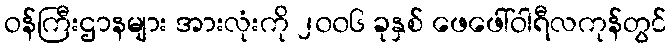
ဝန်ကြီးဌာနများ အားလုံးကို ၂၀၀၆ ခုနှစ် ဖေဖေါ်ဝါရီလကုန်တွင်